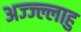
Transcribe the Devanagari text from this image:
अज्ज्ल्लाहु